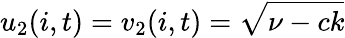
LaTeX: u_{2}(i,t)=v_{2}(i,t)=\sqrt{\nu-ck}